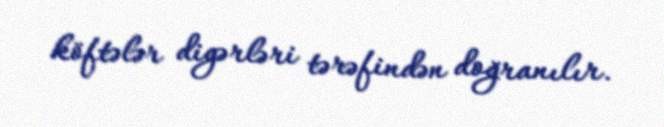
köftələr digərləri tərəfindən doğranılır.